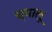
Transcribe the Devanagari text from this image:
च्यालू